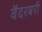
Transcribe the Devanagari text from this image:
वैदरबरी